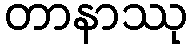
တာနာဿု